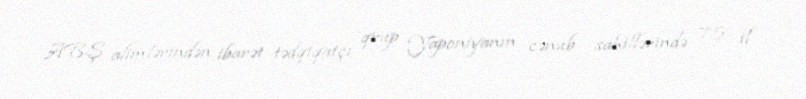
ABŞ alimlərindən ibarət tədqiqatçı qrup Yaponiyanın cənub sahillərində 75 il